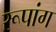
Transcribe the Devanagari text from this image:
रूपांग